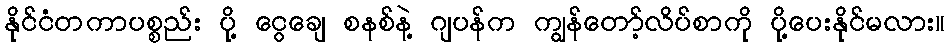
နိုင်ငံတကာပစ္စည်း ပို့ ငွေချေ စနစ်နဲ့ ဂျပန်က ကျွန်တော့်လိပ်စာကို ပို့ပေးနိုင်မလား။